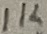
Text: 1K